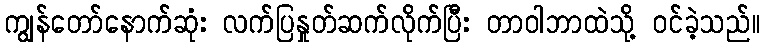
ကျွန်တော်နောက်ဆုံး လက်ပြနှုတ်ဆက်လိုက်ပြီး တာဝါဘာထဲသို့ ဝင်ခဲ့သည်။